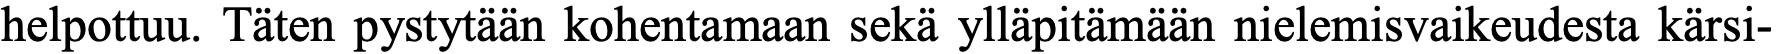
helpottuu. Täten pystytään kohentamaan sekä ylläpitämään nielemisvaikeudesta kärsi-